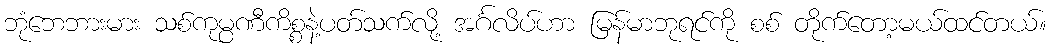
ဘုံဘေဘားမား သစ်ကုမ္ပဏီကိစ္စနဲ့ပတ်သက်လို့ အင်္ဂလိပ်ဟာ မြန်မာဘုရင်ကို စစ် တိုက်တော့မယ်ထင်တယ်။